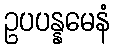
ဥပပန္နမေနံ